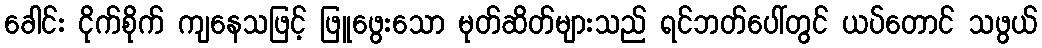
ခေါင်း ငိုက်စိုက် ကျနေသဖြင့် ဖြူဖွေးသော မုတ်ဆိတ်များသည် ရင်ဘတ်ပေါ်တွင် ယပ်တောင် သဖွယ်